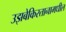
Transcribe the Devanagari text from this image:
उझबेकिस्तानामधील